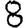
Digit: 8